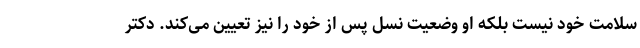
سلامت خود نیست بلکه او وضعیت نسل پس از خود را نیز تعیین می‌کند. دکتر